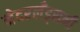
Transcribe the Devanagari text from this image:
नेदरलँड्सनी